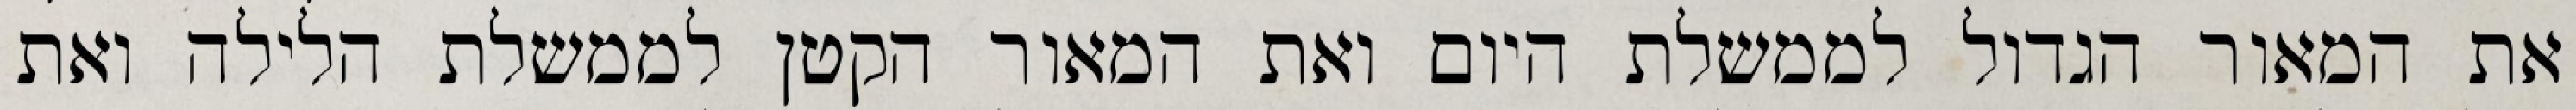
את המאור הגדול לממשלת היום ואת המאור הקטן לממשלת הלילה ואת